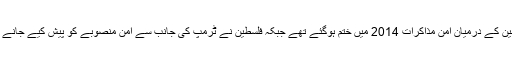
یاد رہے کہ اسرائیل اور فلسطین کے درمیان امن مذاکرات 2014 میں ختم ہوگئے تھے جبکہ فلسطین نے ٹرمپ کی جانب سے امن منصوبے کو پیش کیے جانے سے قبل ہی مسترد کردیا تھا۔